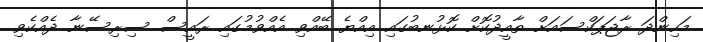
މަހިންދަ ރާޖަޕަކްސައަށް ތާއީދުކޮށް ކޮޅުނބުގައި އިއްޔެ ބޭއްވި އެއްވުމުގައި ރައީސް ސިރިސޭނާ ދެއްކެވި